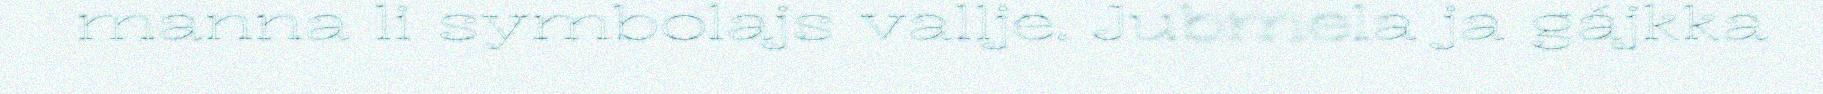
manna li symbolajs vallje. Jubmela ja gájkka